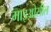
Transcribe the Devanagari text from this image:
माइओसील